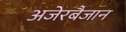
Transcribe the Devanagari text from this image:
अजेरबैजान